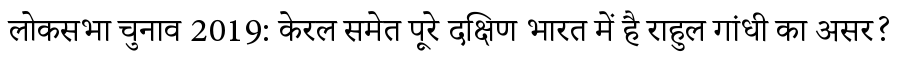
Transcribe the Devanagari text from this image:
लोकसभा चुनाव 2019: केरल समेत पूरे दक्षिण भारत में है राहुल गांधी का असर?